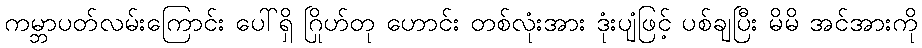
ကမ္ဘာပတ်လမ်းကြောင်း ပေါ်ရှိ ဂြိုဟ်တု ဟောင်း တစ်လုံးအား ဒုံးပျံဖြင့် ပစ်ချပြီး မိမိ အင်အားကို